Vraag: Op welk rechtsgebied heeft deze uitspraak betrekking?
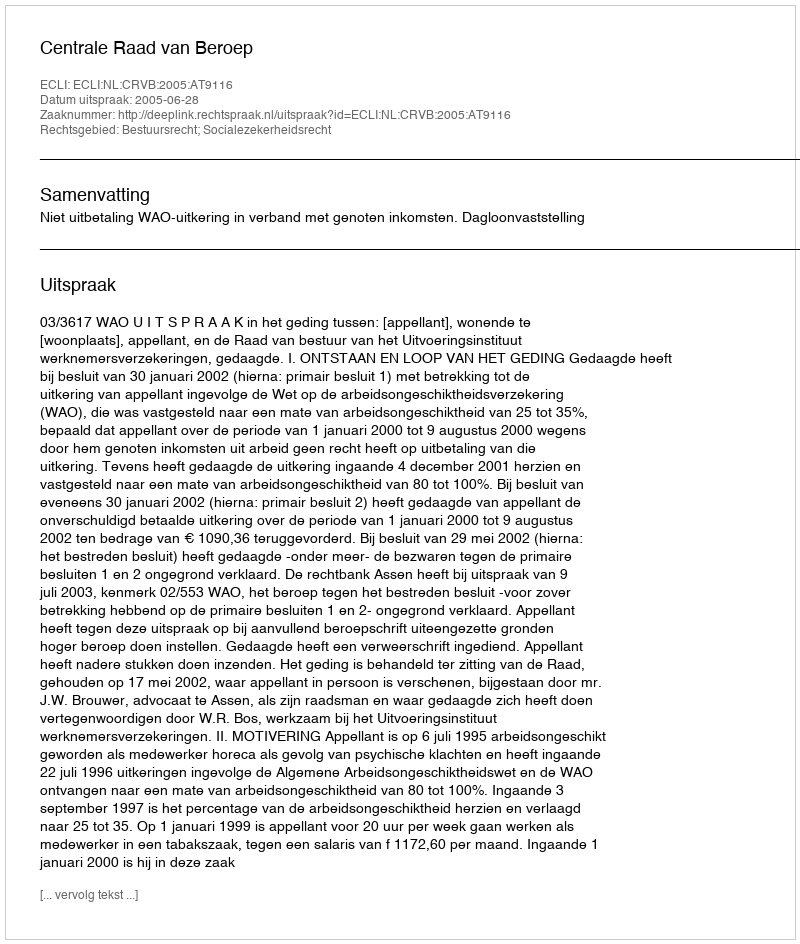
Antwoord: Bestuursrecht; Socialezekerheidsrecht